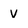
Character: V